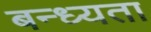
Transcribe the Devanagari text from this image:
बन्ध्यता